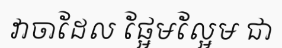
វាចាដែល ផ្អែមល្អែម ជា